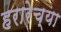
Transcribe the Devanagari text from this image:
हरारेच्या